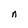
Character: n